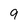
Character: 9